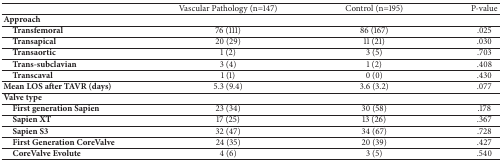
<table><thead><tr><td><b> </b></td><td><b>Vascular Pathology (n=147)</b></td><td><b>Control (n=195)</b></td><td><b>P-value</b></td></tr></thead><tbody><tr><td><b>Approach </b></td><td> </td><td> </td><td> </td></tr><tr><td><b> Transfemoral</b></td><td>76 (111)</td><td>86 (167)</td><td>.025</td></tr><tr><td><b> Transapical</b></td><td>20 (29)</td><td>11 (21)</td><td>.030</td></tr><tr><td><b> Transaortic</b></td><td>1 (2)</td><td>3 (5)</td><td>.703</td></tr><tr><td><b> Trans-subclavian</b></td><td>3 (4)</td><td>1 (2)</td><td>.408</td></tr><tr><td><b> Transcaval</b></td><td>1 (1)</td><td>0 (0)</td><td>.430</td></tr><tr><td><b>Mean LOS after TAVR (days)</b></td><td>5.3 (9.4)</td><td>3.6 (3.2)</td><td>.077</td></tr><tr><td><b>Valve type</b></td><td> </td><td> </td><td> </td></tr><tr><td><b> First generation Sapien</b></td><td>23 (34)</td><td>30 (58)</td><td>.178</td></tr><tr><td><b> Sapien XT</b></td><td>17 (25)</td><td>13 (26)</td><td>.367</td></tr><tr><td><b> Sapien S3</b></td><td>32 (47)</td><td>34 (67)</td><td>.728</td></tr><tr><td><b> First Generation CoreValve</b></td><td>24 (35)</td><td>20 (39)</td><td>.427</td></tr><tr><td><b> CoreValve Evolute</b></td><td>4 (6)</td><td>3 (5)</td><td>.540</td></tr></tbody></table>